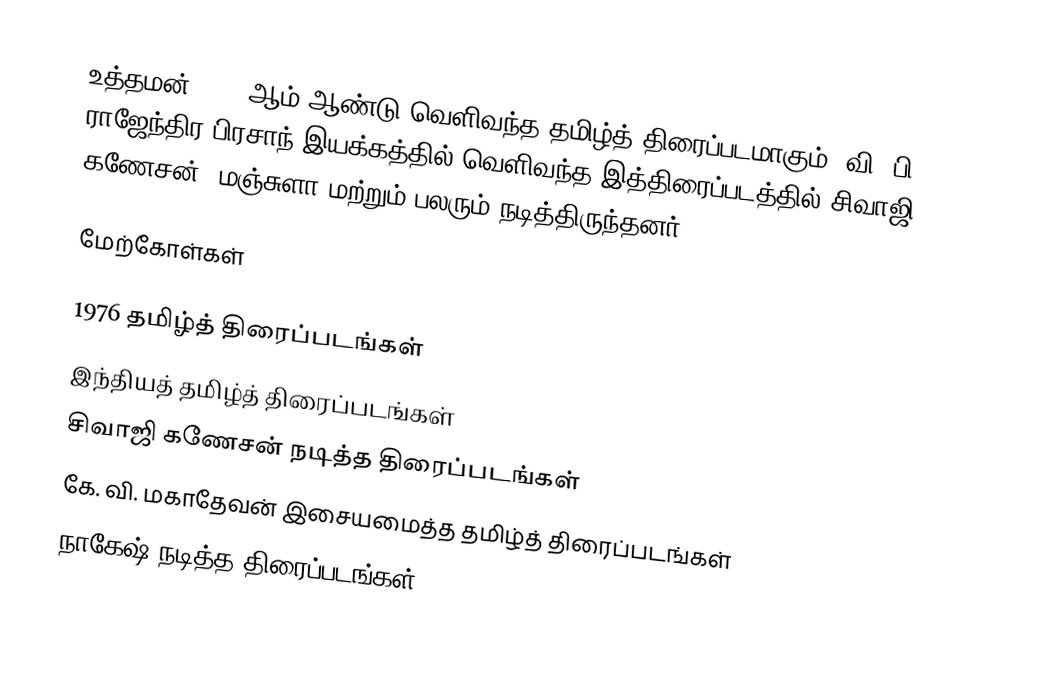
உத்தமன் 1976 ஆம் ஆண்டு வெளிவந்த தமிழ்த் திரைப்படமாகும். வி. பி. ராஜேந்திர பிரசாந் இயக்கத்தில் வெளிவந்த இத்திரைப்படத்தில் சிவாஜி கணேசன், மஞ்சுளா மற்றும் பலரும் நடித்திருந்தனர்.

மேற்கோள்கள்

1976 தமிழ்த் திரைப்படங்கள்
இந்தியத் தமிழ்த் திரைப்படங்கள்
சிவாஜி கணேசன் நடித்த திரைப்படங்கள்
கே. வி. மகாதேவன் இசையமைத்த தமிழ்த் திரைப்படங்கள்
நாகேஷ் நடித்த திரைப்படங்கள்